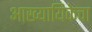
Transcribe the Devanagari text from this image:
आख्यायिकेचा